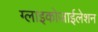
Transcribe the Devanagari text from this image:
ग्लाइकोजाईलेशन